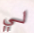
لي